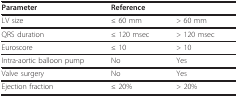
| Parameter | <COLSPAN=2> Reference |
 | --- | --- | --- |
 | LV size | ≤ 60 mm | > 60 mm |
 | QRS duration | ≤ 120 msec | > 120 msec |
 | Euroscore | ≤ 10 | > 10 |
 | Intra-aortic balloon pump | No | Yes |
 | Valve surgery | No | Yes |
 | Ejection fraction | ≤ 20% | > 20% |